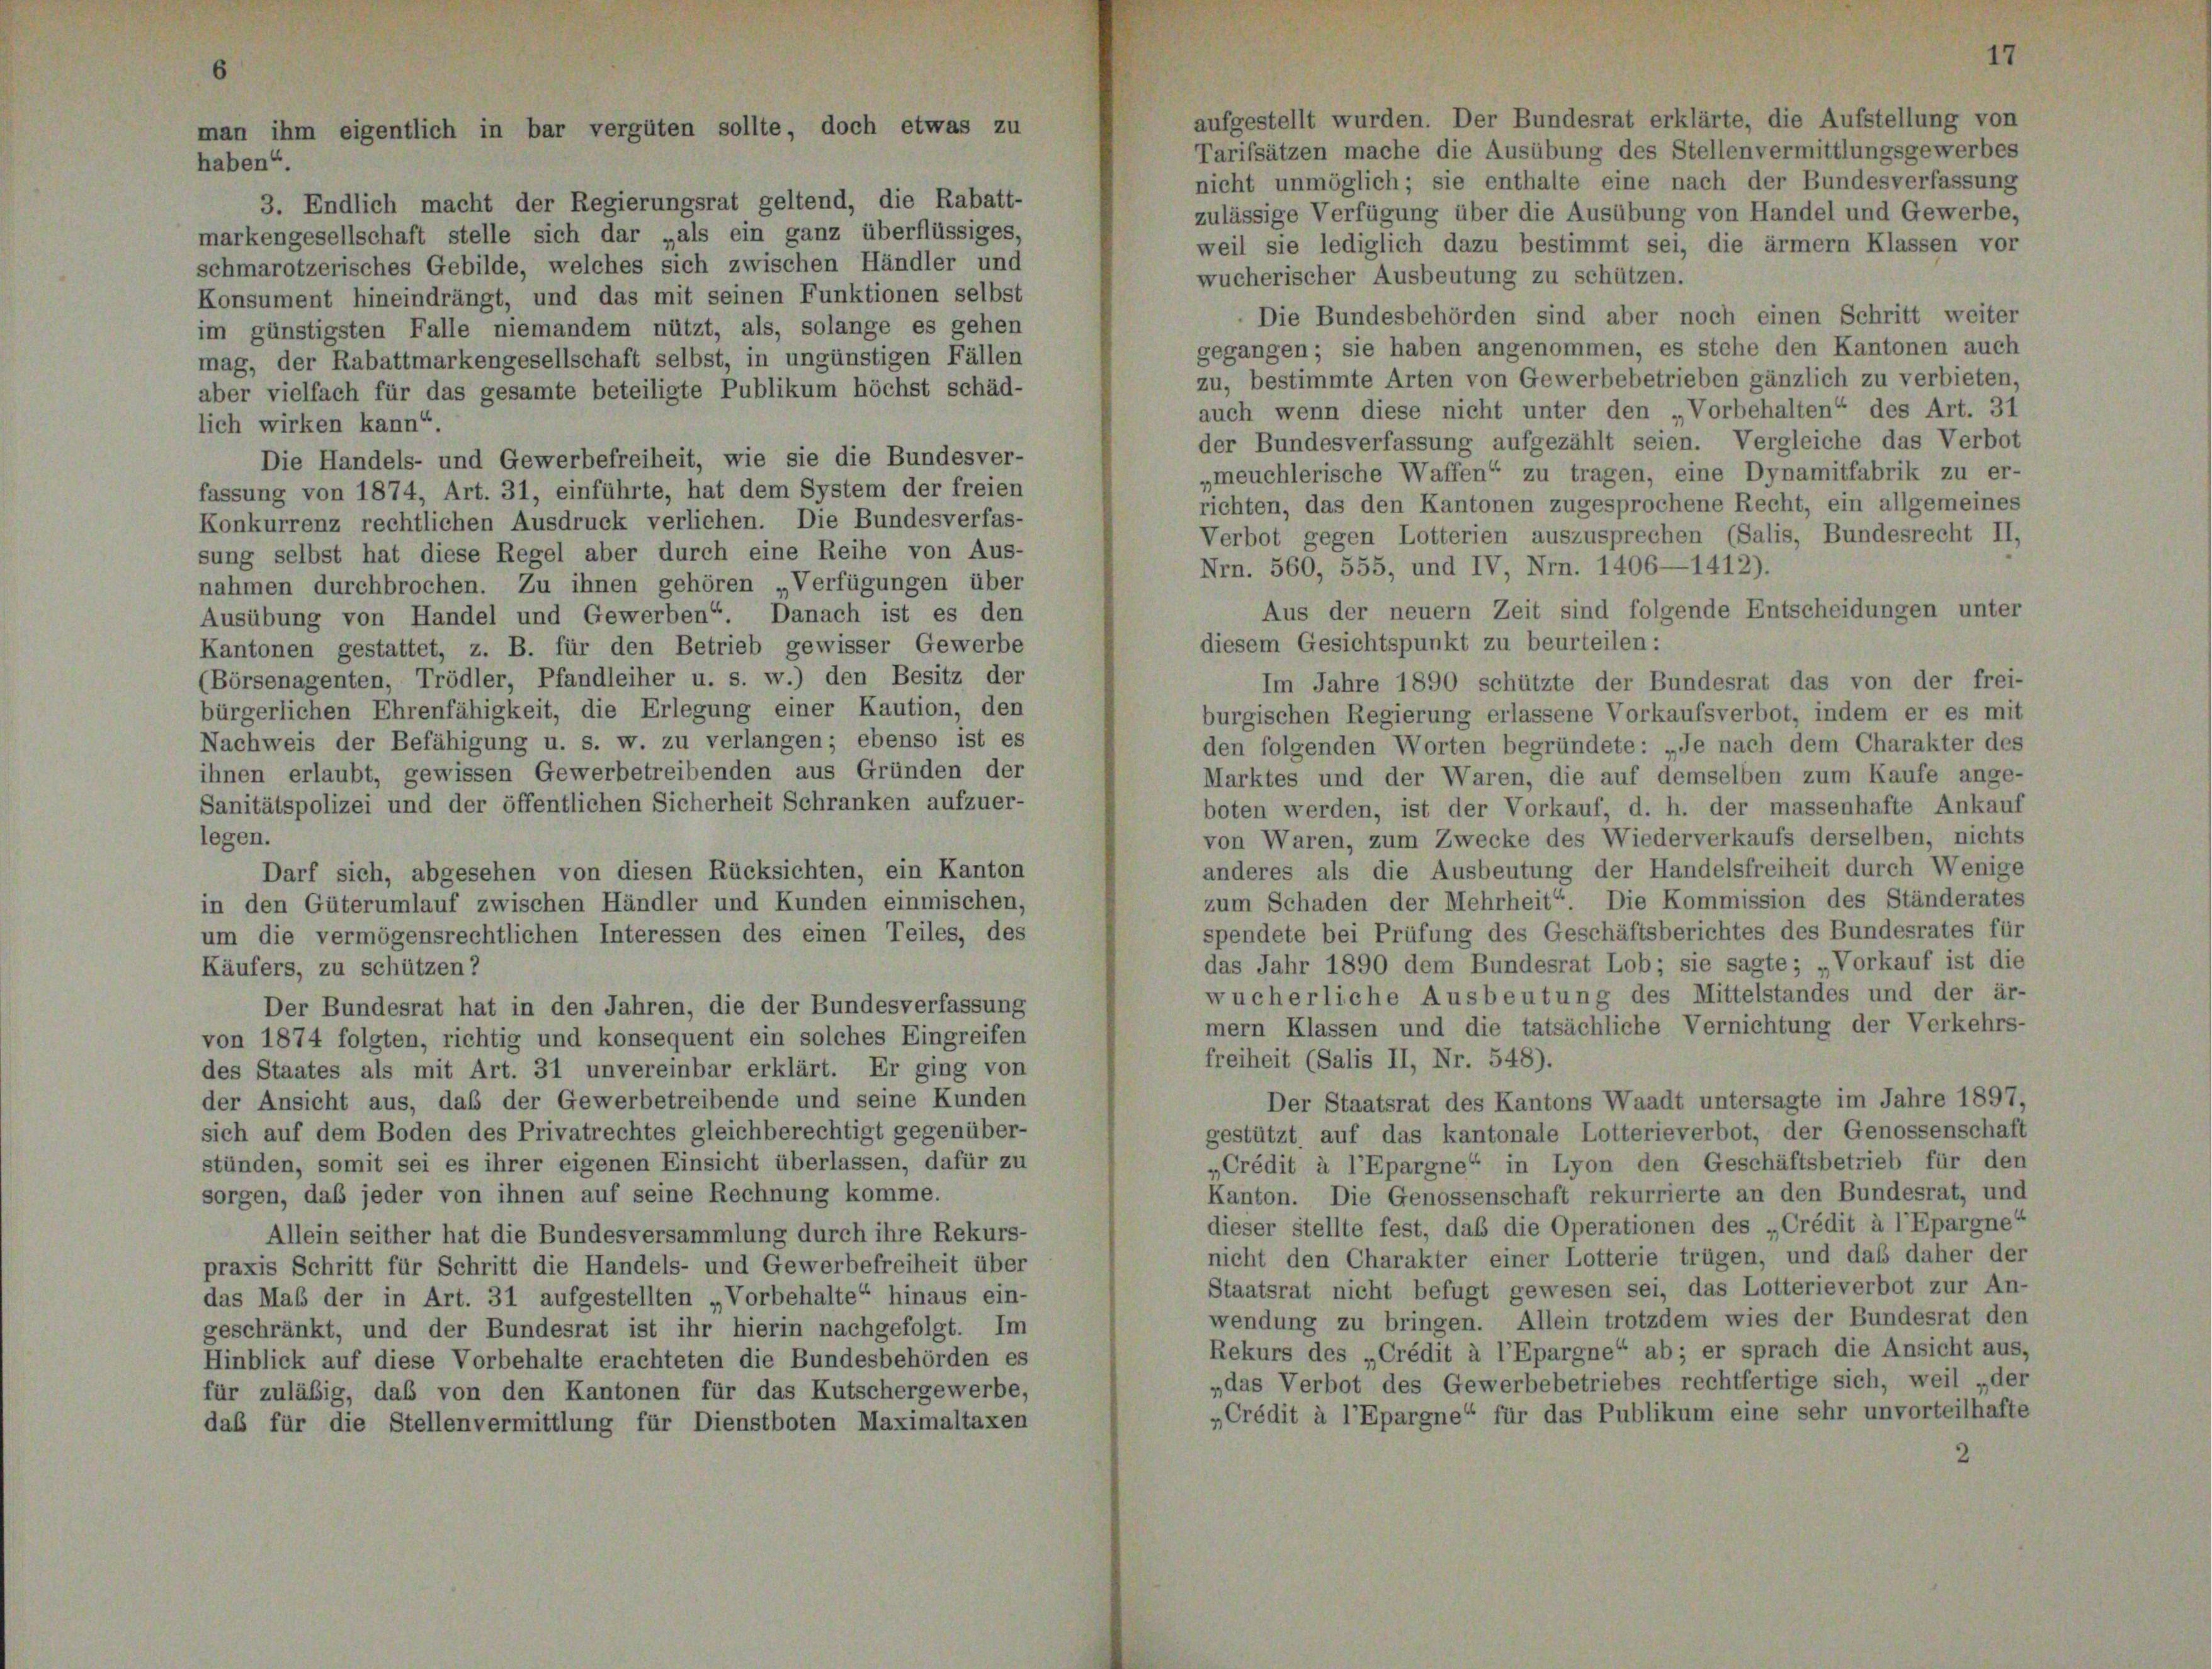
3. Endlich macht der Regierungsrat geltend, die Rabatt-
markengesellschaft stelle sich dar „als ein ganz überflüssiges,
schmarotzerisches Gebilde, welches sich zwischen Händler und
Konsument hineindrängt, und das mit seinen Funktionen selbst
im günstigsten Falle niemandem nützt, als, solange es gehen
mag, der Rabattmarkengesellschaft selbst, in ungünstigen Fällen
aber vielfach für das gesamte beteiligte Publikum höchst schäd-
lich wirken kann“
Die Handels- und Gewerbefreiheit, wie sie die Bundesver-
fassung von 1874, Art. 31, einführte, hat dem System der freien
Konkurrenz rechtlichen Ausdruck verliehen. Die Bundesverfas-
sung selbst hat diese Regel aber durch eine Reihe von Aus-
nahmen durchbrochen. Zu ihnen gehören Verfügungen über
Ausübung von Handel und Gewerben“, Danach ist es den
Kantonen gestattet, z. B. für den Betrieb gewisser Gewerbe
(Börsenagenten, Trödler, Pfandleiher u. s. w.) den Besitz der
bürgerlichen Ehrenfähigkeit, die Erlegung einer Kaution, den
Nachweis der Befähigung u. s. w. zu verlangen; ebenso ist es
ihnen erlaubt, gewissen Gewerbetreibenden aus Gründen der
Sanitätspolizei und der öffentlichen Sicherheit Schranken aufzuer-
legen.
Darf sich, abgesehen von diesen Rücksichten, ein Kanton
in den Güterumlauf zwischen Händler und Kunden einmischen,
um die vermögensrechtlichen Interessen des einen Teiles, des
Käufers, zu schützen?
Der Bundesrat hat in den Jahren, die der Bundesverfassung
von 1874 folgten, richtig und konsequent ein solches Eingreifen
des Staates als mit Art. 31 unvereinbar erklärt. Er ging von
der Ansicht aus, daß der Gewerbetreibende und seine Kunden
sich auf dem Boden des Privatrechtes gleichberechtigt gegenüber-
stünden, somit sei es ihrer eigenen Einsicht überlassen, dafür zu
sorgen, daß jeder von ihnen auf seine Rechnung komme.
Allein seither hat die Bundesversammlung durch ihre Rekurs-
praxis Schritt für Schritt die Handels- und Gewerbefreiheit über
das Mab der in Art. 31 aufgestellten „Vorbehalte“ hinaus ein-
geschränkt, und der Bundesrat ist ihr hierin nachgefolgt. Im
Hinblick auf diese Vorbehalte erachteten die Bundesbehörden es
für zuläßig, das von den Kantonen für das Kutschergewerbe,
daß für die Stellenvermittlung für Dienstboten Maximaltaxen

aufgestellt wurden. Der Bundesrat erklärte, die Aufstellung von
Tarifsätzen mache die Ausübung des Stellenvermittlungsgewerbes
nicht unmöglich; sie enthalte eine nach der Bundesverfassung
zulässige Verfügung über die Ausübung von Handel und Gewerbe,
weil sie lediglich dazu bestimmt sei, die ärmern Klassen vor
wucherischer Ausbeutung zu schützen.
Die Bundesbehörden sind aber noch einen Schritt weiter
gegangen; sie haben angenommen, es stehe den Kantonen auch
zu, bestimmte Arten von Gewerbebetrieben gänzlich zu verbieten,
auch wenn diese nicht unter den Vorbehalten“ des Art. 31
der Bundesverfassung aufgezählt seien. Vergleiche das Verbot
„meuchlerische Waffen“ zu tragen, eine Dynamitfabrik zu er-
richten, das den Kantonen zugesprochene Recht, ein allgemeines
Verbot gegen Lotterien auszusprechen (Salis, Bundesrecht II,
Nrn. 560, 555, und IV, Nrn. 1406—1412).
Aus der neuern Zeit sind folgende Entscheidungen unter
diesem Gesichtspunkt zu beurteilen:
Im Jahre 1890 schützte der Bundesrat das von der frei-
burgischen Regierung erlassene Vorkaufsverbot, indem er es mit
den folgenden Worten begründete: „Je nach dem Charakter des
Marktes und der Waren, die auf demselben zum Kaufe ange-
boten werden, ist der Vorkauf, d. h. der massenhafte Ankauf
von Waren, zum Zwecke des Wiederverkaufs derselben, nichts
anderes als die Ausbeutung der Handelsfreiheit durch Wenige
zum Schaden der Mehrheit“. Die Kommission des Ständerates
spendete bei Prüfung des Geschäftsberichtes des Bundesrates für
das Jahr 1890 dem Bundesrat Lob; sie sagte; „Vorkauf ist die
wucherliche Ausbeutung des Mittelstandes und der är-
mern Klassen und die tatsächliche Vernichtung der Verkehrs-
freiheit (Salis II, Nr. 548).
Der Staatsrat des Kantons Waadt untersagte im Jahre 1897,
gestützt auf das kantonale Lotterieverbot, der Genossenschaft
„Crédit à l’Epargne“ in Lyon den Geschäftsbetrieb für den
Kanton. Die Genossenschaft rekurrierte an den Bundesrat, und
dieser stellte fest, daß die Operationen des „Crédit à l’Epargne“
nicht den Charakter einer Lotterie trügen, und daß daher der
Staatsrat nicht befugt gewesen sei, das Lotterieverbot zur An-
wendung zu bringen. Allein trotzdem wies der Bundesrat den
Rekurs des „Crédit à l’Epargne“ ab; er sprach die Ansicht aus,
„das Verbot des Gewerbebetriebes rechtfertige sich, weil „der
„Crédit à l’Epargne“ für das Publikum eine sehr unvorteilhafte